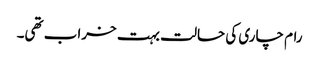
رام چاری کی حالت بہت خراب تھی۔